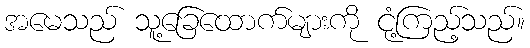
အမေသည် သူ့ခြေထောက်များကို ငုံ့ကြည့်သည်။